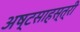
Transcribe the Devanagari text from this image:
अष्टसाहस्त्री